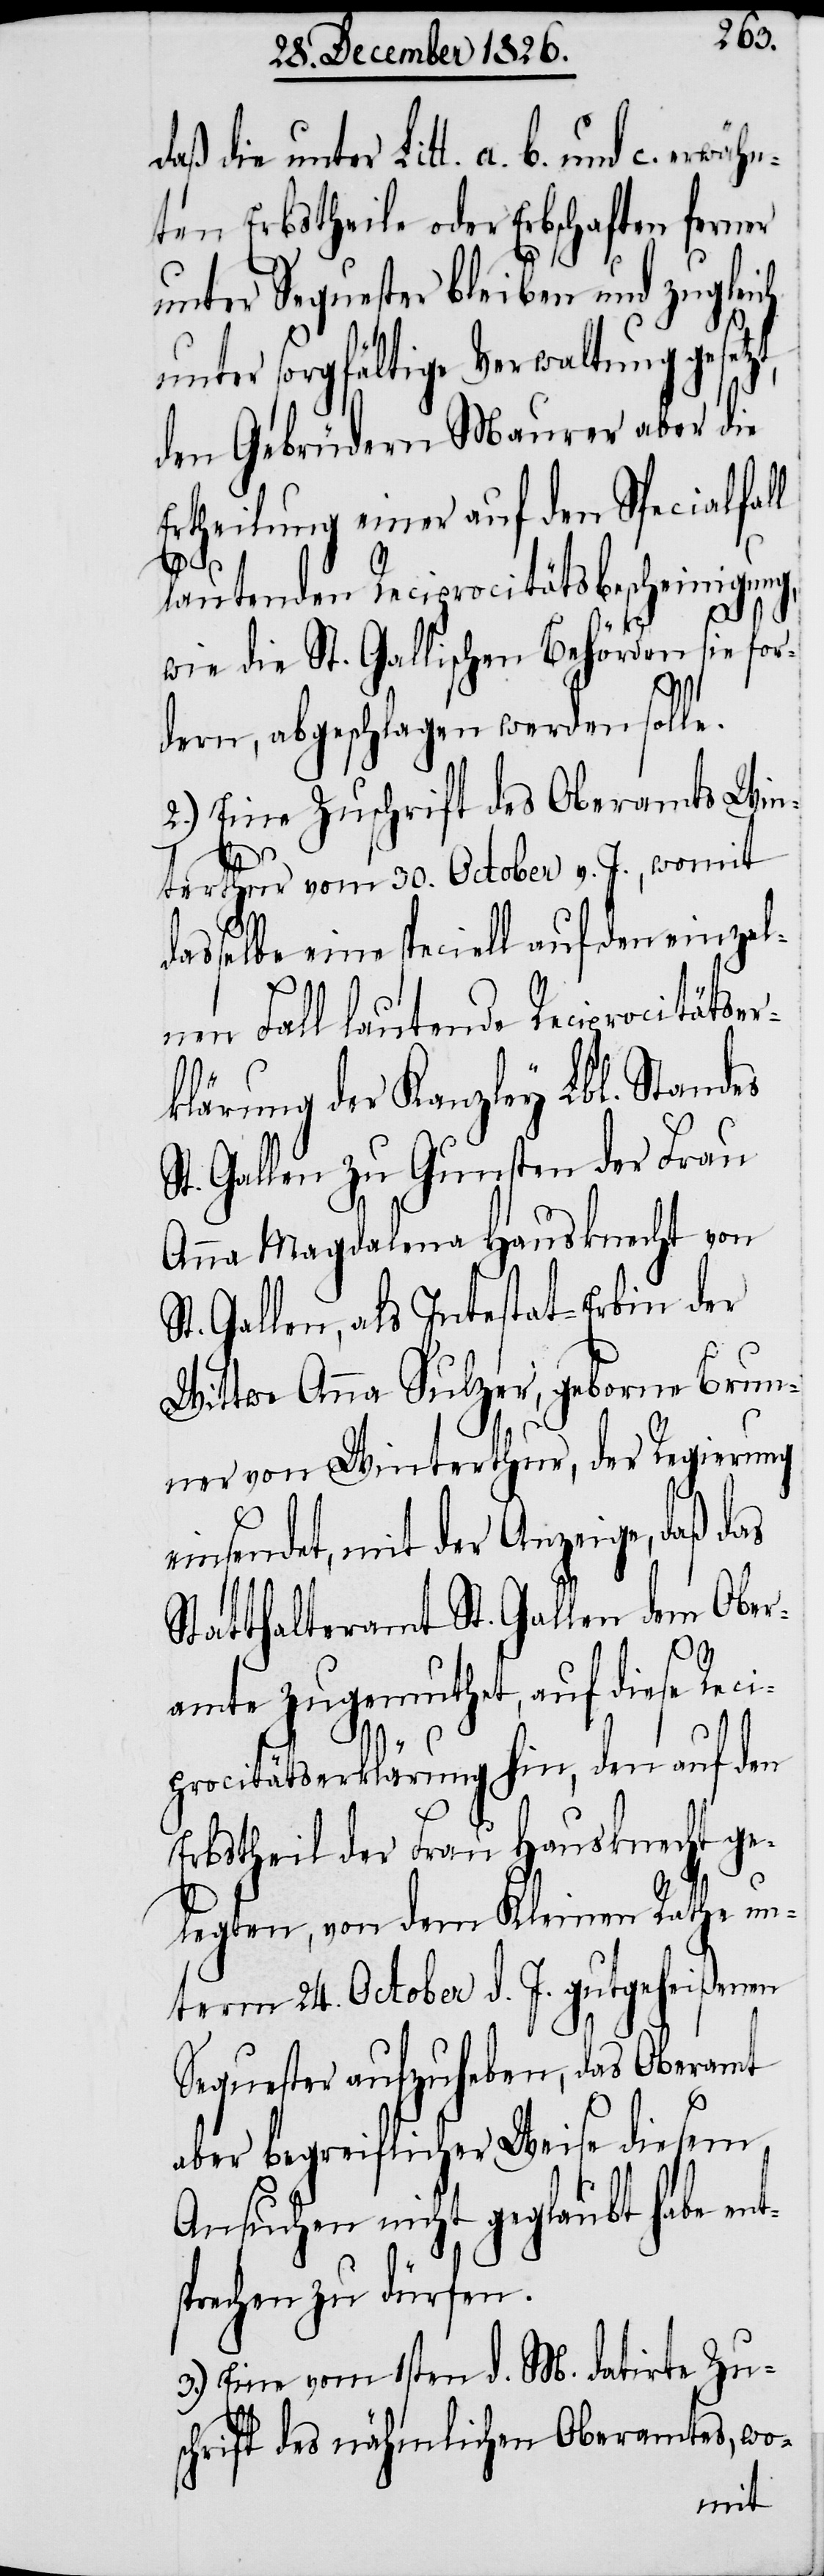
daß die unter Litt. a.[,] b. und
ten Erbstheile oder Erbschaften ferner
unter Sequester bleiben und zugleich
unter sorgfältige Verwaltung gesetz¬
den Gebrüdern Maurer aber die
Ertheilung einer auf den Specialfall
eins¬
lautenden Reciprocitätsbescheinigung,
t¬
wie die St. Gallischen Behörden sie for¬
dern, abgeschlagen werden solle.
2.) Eine Zuschrift des Oberamts Win¬
terthur vom 30. October v. J., womit
dasselbe eine speciell auf den einzel¬
nen Fall lautende Reciprocitätser¬
klärung der Kanzley Lbl. Standes
St. Gallen zu Gunsten der Frau
Anna Magdalena Hausknecht von
St. Gallen, als Intestat-Erbin der
Wittwe Anna Sulzer, geborne Brun¬
ner von Winterthur, der Regierung
endet, mit der Anzeige, daß das
Statthalteramt St. Gallen dem Ober¬
amte zugemuthet, auf diese Reci¬
procitätserklärung hin, den auf den
Erbstheil der Frau Hausknecht ge¬
legten, von dem Kleinen Rathe un¬
term 24. October d. J. gutgeheißenen
Sequester aufzuheben, das Oberamt
aber begreiflicher Weise diesem
Ansuchen nicht geglaubt habe en¬
sprechen zu dürfen.
3.) Eine vom 1sten d. M. datirte Zu¬
schrift des nähmlichen Oberamtes, wo-